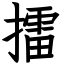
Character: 擂